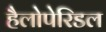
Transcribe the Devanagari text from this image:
हैलोपेरिडल